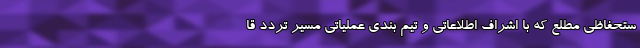
ستحفاظی مطلع که با اشراف اطلاعاتی و تیم بندی عملیاتی مسیر تردد قا